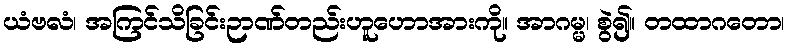
ယံဗလံ၊ အကြင်သိခြင်းဉာဏ်တည်းဟူဟောအားကို။ အာဂမ္မ၊ စွဲ၍။ တထာဂတော၊